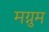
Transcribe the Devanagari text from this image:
मग्नुम